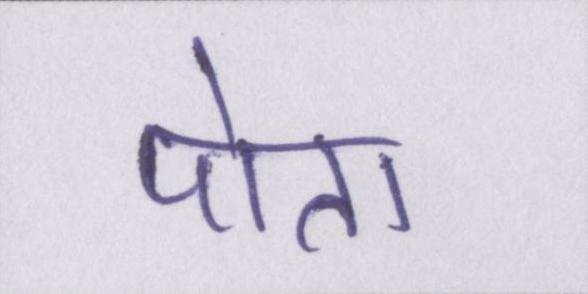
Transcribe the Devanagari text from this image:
पोता